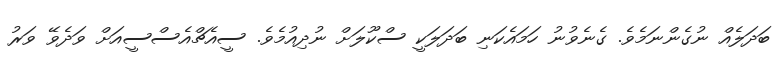
ބަދަލެއް ނުގެންނަމެވެ. ގެނެވުނު ހަމައެކަނި ބަދަލަކީ ސްކޫލަށް ނުދިއުމެވެ. ސީއެޗްއެސްސީއަށް ވަދެވޭ ވަރު